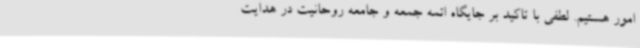
امور هستیم. لطفی با تاکید بر جایگاه ائمه جمعه و جامعه روحانیت در هدایت